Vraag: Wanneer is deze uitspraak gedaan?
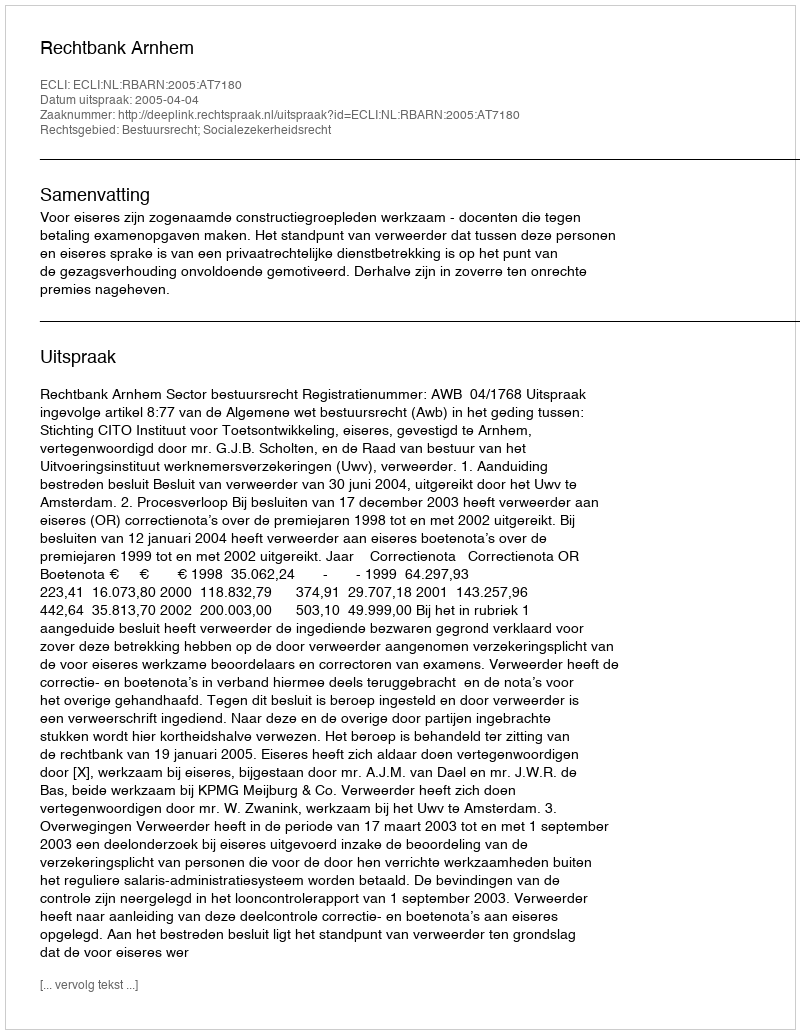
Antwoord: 2005-04-04